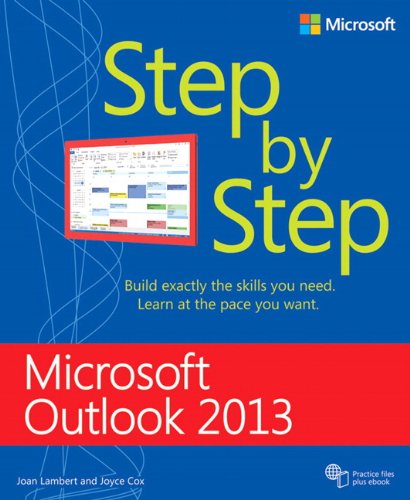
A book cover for Microsoft Outlook 2013 Step by Step; Joan Lambert; Computers & Technology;